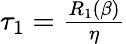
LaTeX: \begin{array}{r}{\tau_{1}=\frac{R_{1}(\beta)}{\eta}}\end{array}